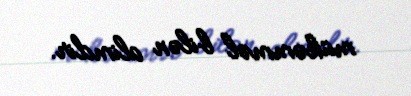
mükəmməl bilən alimdir.